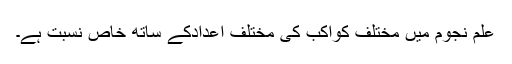
علم نجوم میں مختلف کواکب کی مختلف اعدادکے ساتھ خاص نسبت ہے۔